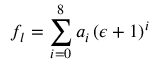
f _ { l } = \sum _ { i = 0 } ^ { 8 } a _ { i } \left( \epsilon + 1 \right) ^ { i }